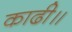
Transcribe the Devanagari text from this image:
काढी॥